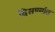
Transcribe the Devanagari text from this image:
दिसण्यांत